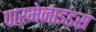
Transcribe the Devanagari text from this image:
पारमेनाइड्स